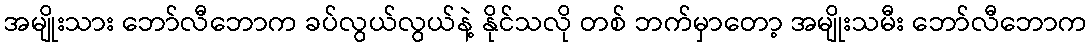
အမျိုးသား ဘော်လီဘောက ခပ်လွယ်လွယ်နဲ့ နိုင်သလို တစ် ဘက်မှာတော့ အမျိုးသမီး ဘော်လီဘောက